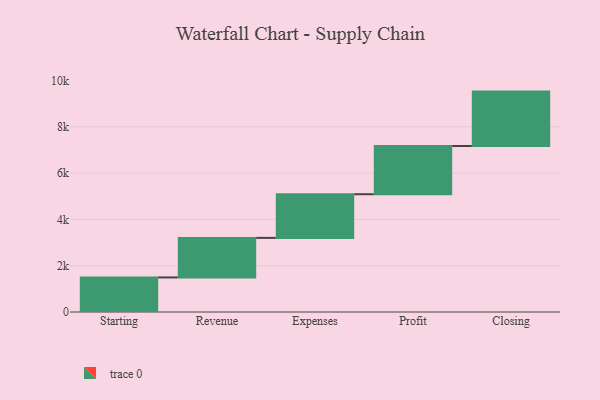
{"axis": {"x": "Step", "y": "Value"}, "legend": [""], "data": [{"x": "Starting", "y": 1494.0, "type": ""}, {"x": "Revenue", "y": 1708.0, "type": ""}, {"x": "Expenses", "y": 1886.0, "type": ""}, {"x": "Profit", "y": 2082.0, "type": ""}, {"x": "Closing", "y": 2351.0, "type": ""}]}